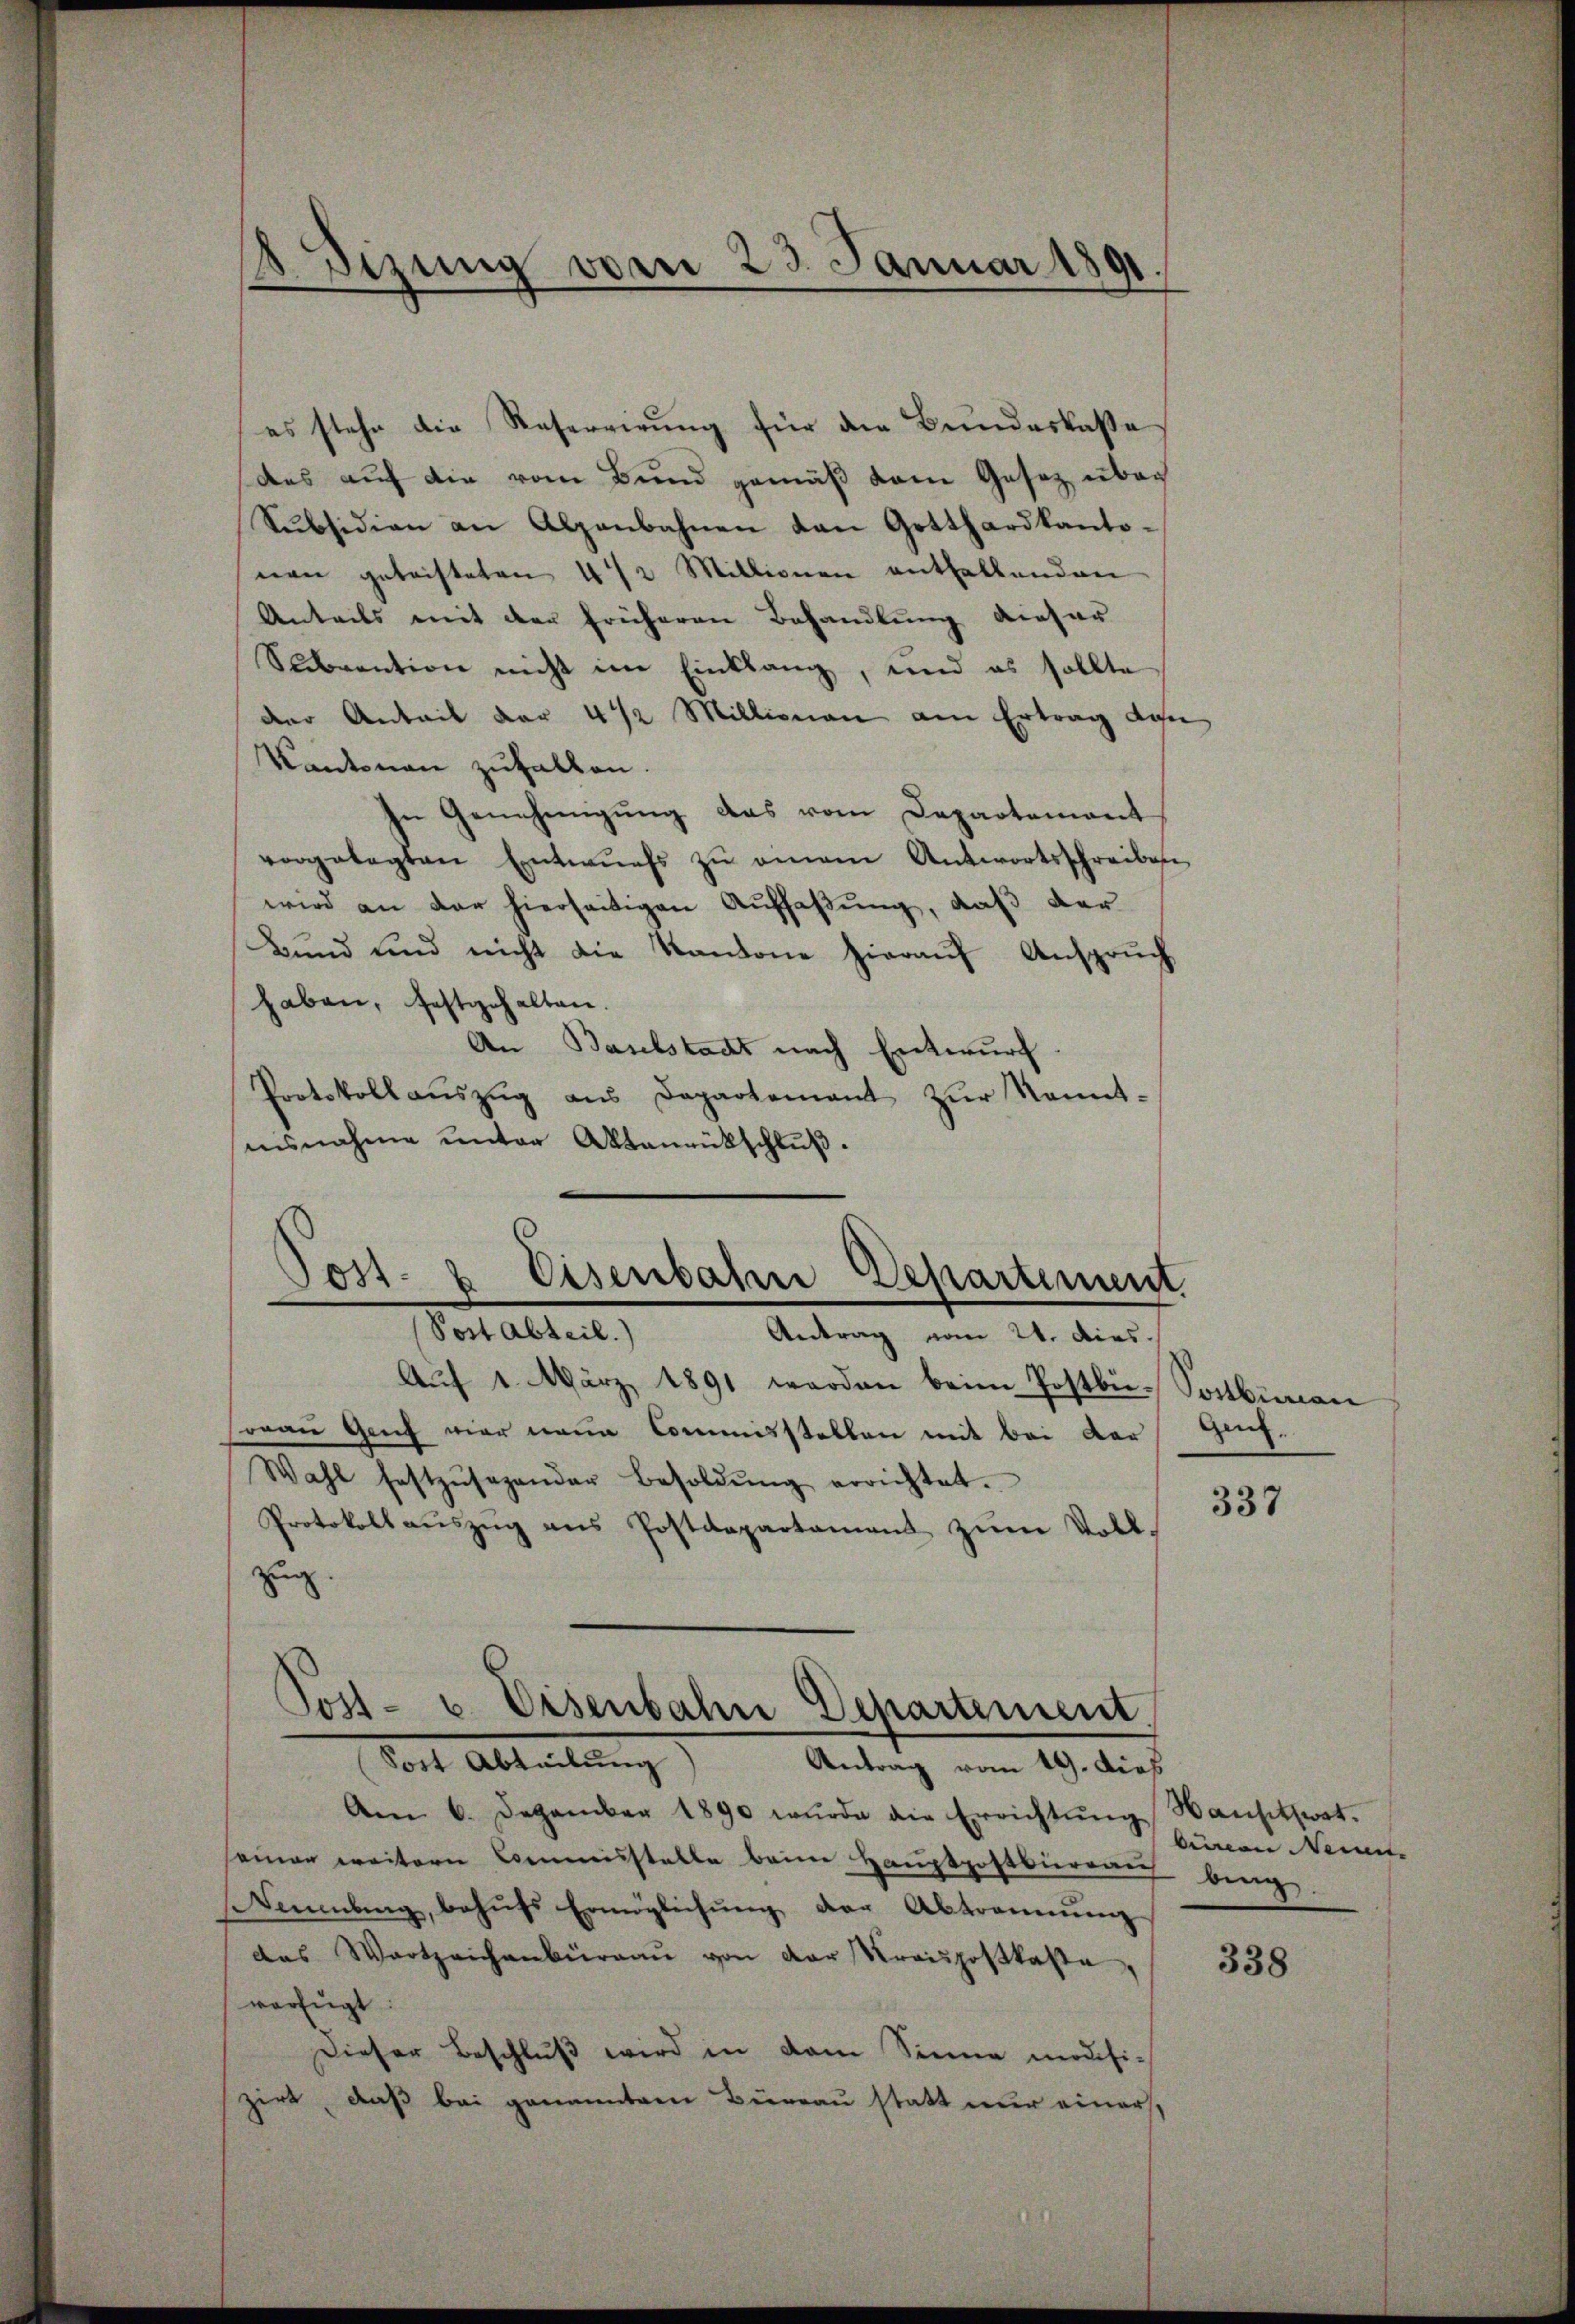
Dizung vom 23. Januar 1891.
¬

es stehe die Reservirung für die Bundeskasse
das auf die vom Bund gemäß vom Gesetz über
Subsidion an Alpenbahnen den Gotthardkanto-
nen geleisteten 4 1/2 Millionen enthaltenden
Anteils mit der früheren Behandlung dieser
Scbrention nicht im Einklang, und es sollte
der Anteil der 4 1/2 Millionen am Ertrag dan
Kantonen zufallen.
In Genehmigung das vom Departement
vorgelegten Entwurfs zu einem Antwortsschreiben
wird an der hierseitigen Auffaßung, daß der
Bund und nicht die Kantone hierauf Anspruch
haben, festgehalten.
An Baselstadt nach Entwurf.
Protokoll aŭszŭg aŭs Departement zŭr Kennt-
isnahme unter Aktenrückschluß.
Aŭf 1. März 1891 werden beim Postbü- Sockbieren
sorau Genf vier neue Commisstellen mit bei der Genf.
Wahl festzŭsagender Besoldŭng errichtet.
Protokoll auszug aus Postdepartament zum Vollzug.
Post- u. Eisenbahn Departement.
Torte Abteilung
Antrag vom 19. dies
Am 6. Dezember 1890 wurde die Errichtŭng Hansitzwat.
seiner weitern Commisstelle beim Hauptpostbüreau bing.
euenburg, behŭfs Ermöglichŭng der Abtrammenz
das Wartzeichenbüraŭ von der Kraispostkaste,
verfügt
Dieser Beschluß wird in dem Sinne modifi-
zirt, daß bei genanntem Büreau statt nur einers,

Jost- & Eisenbahn Departement.
Post abteil.) Antrag vom 21. dies.

337

biiren Nein.

338